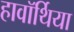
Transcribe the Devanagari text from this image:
हावॉर्थिया